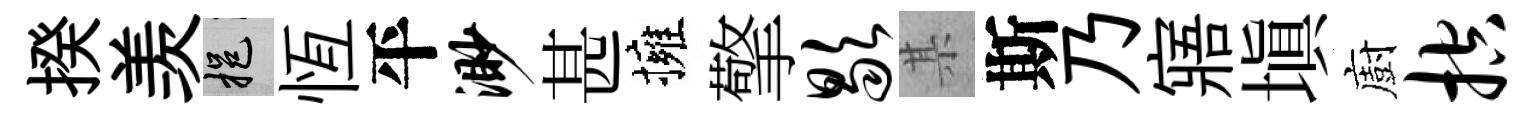
揆羡挹恆平渺甚擁擎歇某斯乃寤填廚控